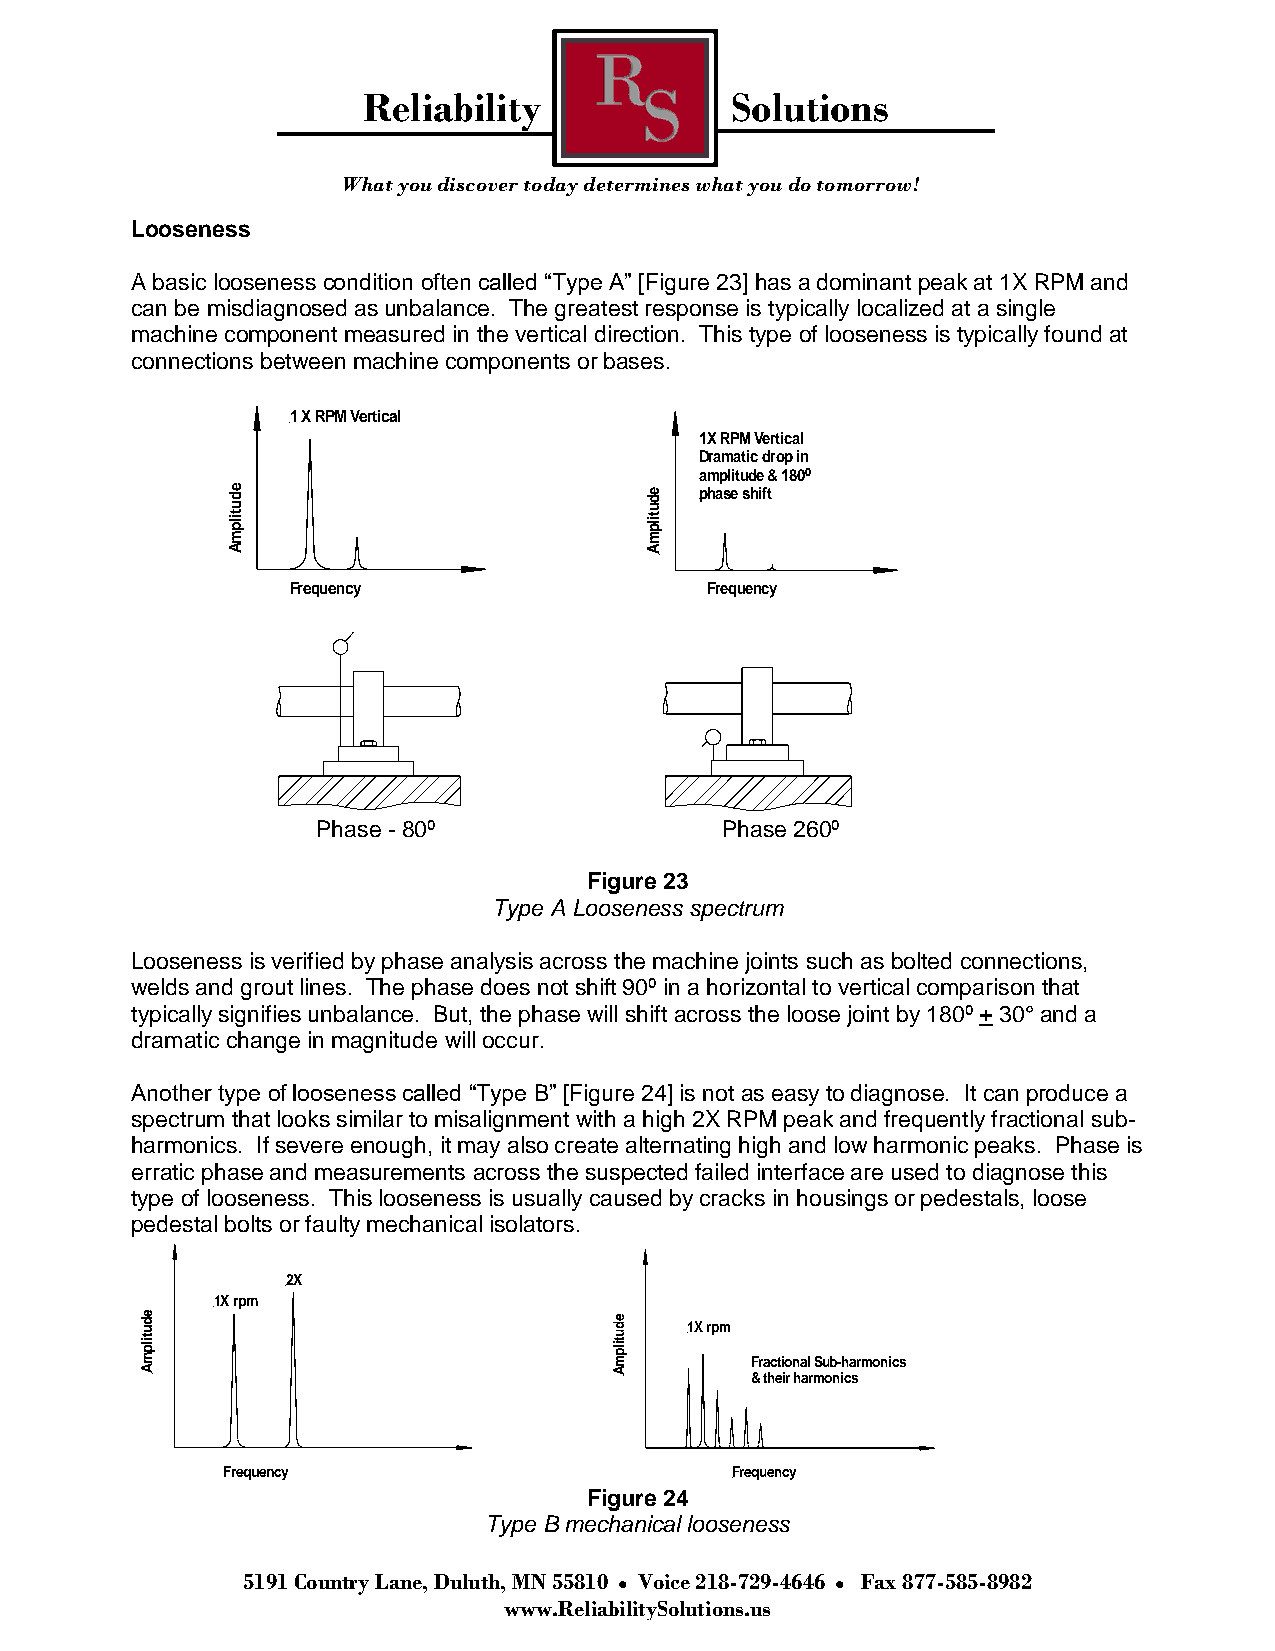
Reliability             Solutions
 What you discover today determines what you do tomorrow!
 Looseness
 A basic looseness condition often called “Type A” [Figure 23] has a dominant peak at 1X RPM and
 can be misdiagnosed as unbalance. The greatest response is typically localized at a single
 machine component measured in the vertical direction. This type of looseness is typically found at
 connections between machine components or bases.
 1 X RPM Vertical
 1X RPM Vertical
 Dramatic drop in
 amplitude & 180º
 mplitude                    mplitude phase shift
 A                           A
 Frequency                   Frequency
 Phase - 80º                Phase 260º
 Figure 23
 Type A Looseness spectrum
 Looseness is verified by phase analysis across the machine joints such as bolted connections,
 welds and grout lines. The phase does not shift 90º in a horizontal to vertical comparison that
 typically signifies unbalance. But, the phase will shift across the loose joint by 180º + 30° and a
 dramatic change in magnitude will occur.
 Another type of looseness called “Type B” [Figure 24] is not as easy to diagnose. It can produce a
 spectrum that looks similar to misalignment with a high 2X RPM peak and frequently fractional sub-
 harmonics. If severe enough, it may also create alternating high and low harmonic peaks. Phase is
 erratic phase and measurements across the suspected failed interface are used to diagnose this
 type of looseness. This looseness is usually caused by cracks in housings or pedestals, loose
 pedestal bolts or faulty mechanical isolators.
 2X
 1X rpm
 mplitude                        mplitude
 1X rpm
 Fractional Sub-harmonics
 A                               A        & their harmonics
 Frequency                        Frequency
 Figure 24
 Type B mechanical looseness
 5191 Country Lane, Duluth, MN 55810 Voice 218-729-4646 Fax 877-585-8982
 www.ReliabilitySolutions.us